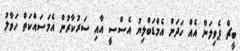
ބީޗް ޕެވިލަން އެއް ހަދަން އެމްޑަބްލިޔު އެސްސީ އާއި ސަރުކާރުން އެމަސައްކަތް ހަވާލު